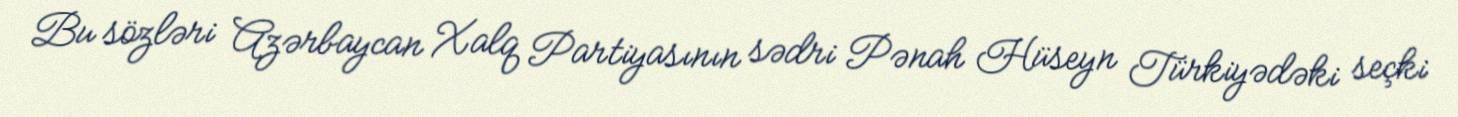
Bu sözləri Azərbaycan Xalq Partiyasının sədri Pənah Hüseyn Türkiyədəki seçki